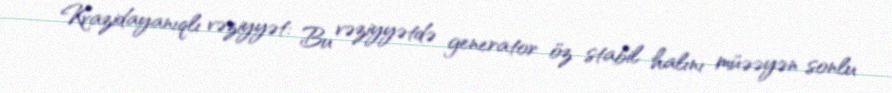
Kvazidayanıqlı vəziyyət: Bu vəziyyətdə generator öz stabil halını müəəyən sonlu